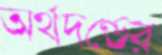
অর্থদণ্ডের